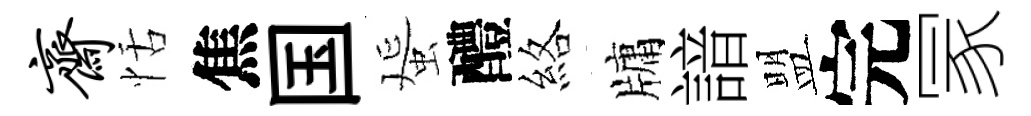
斋恬焦国蜑醴絡牗諳盟完冡